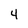
Character: 4